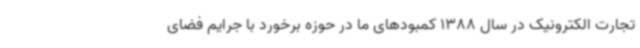
تجارت الکترونیک در سال 1388 کمبودهای ما در حوزه برخورد با جرایم فضای